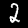
Label: 2